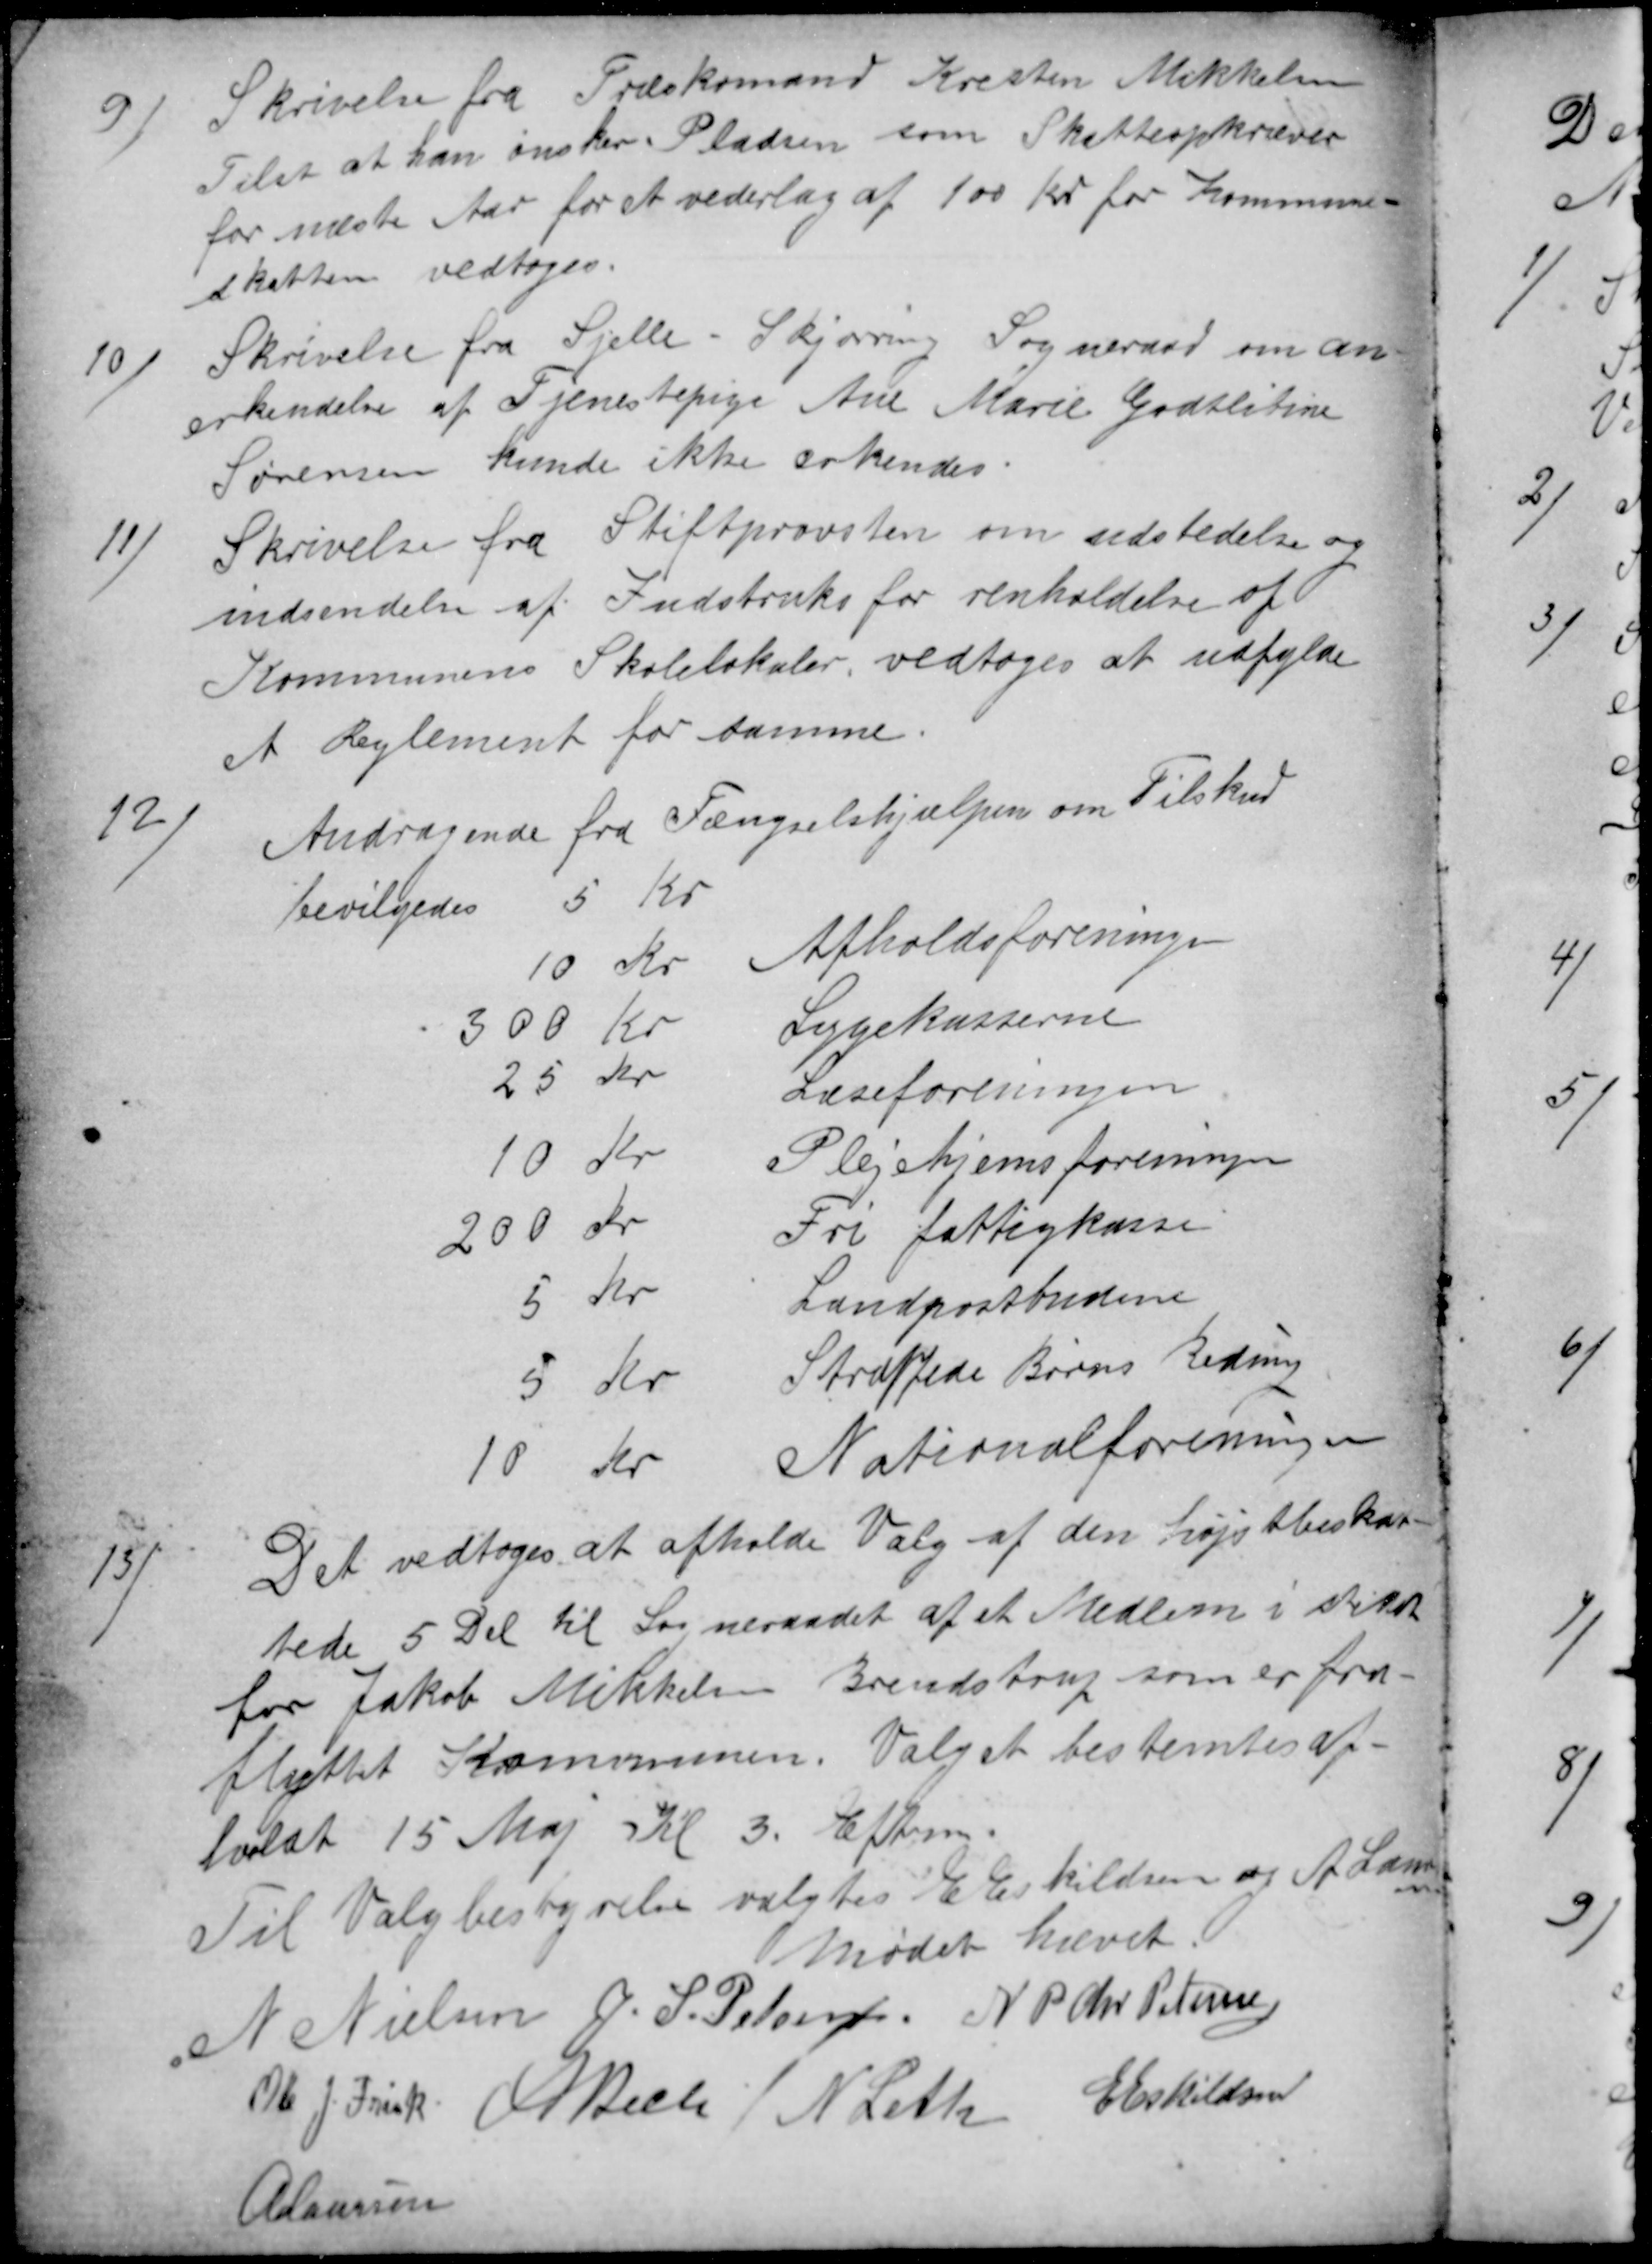
Transskription:
9)
Skrivelse fra Træskomand Kresten Mikkelsen
Tilst at han ønsker Pladsen som Skatteopkræver
for næste Aar for et vederlag af 100 Kr for Kommune-
skatten vedtoges.
10)
Skrivelse fra Sjelle - Skjørring Sogneraad om an-
erkendelse af Tjenestepige Ane Marie Godtlibine
Sørensen kunde ikke erkendes.
11)
Skrivelse fra Stiftprovsten om udstedelse og
indsendelse af Indstruks for renholdelse af
Kommunens Skolelokaler vedtoges at udfylde
et Reglement for samme.
12)
Andragende fra Fængselshjælpen om Tilskud
bevilgedes
5 Kr
10 Kr Afholdsforeningen
300 Kr
Sygekasserne
25 Kr
Læseforeningen
10 Kr
Plejehjemsforeningen
200 Kr
Fri fattigkasse
5 Kr
Landpostbudene
5 Kr
Straffede Børns Redning
10 Kr
Nationalforeningen
13)
Det vedtoges at afholde Valg af den højstbeskat-
tede 5 Del til Sogneraadet af et Medlem i stedet
for Jakob Mikkelsen Brendstrup som er fra-
flyttet Kommunen. Valget bestemtes af-
holdt 15 Maj Kl 3. Efterm.
Til Valgbestyrelse valgtes E Eskildsen og A. Laursen
Mødet hævet.
N Nielsen J. S. Pelsen N P Chr Petersen
Ole J. Frisk. A Bech  N. Leth E Eskildsen
A Laursen